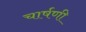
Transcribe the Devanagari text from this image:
चार्षणी